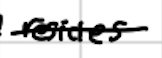
Text: resides
Cross-out: single-line
Writing tool: digital_black